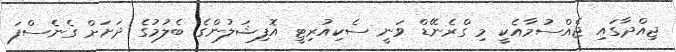
ޖިއްދާގައި ޖެއްސުމާއެކީ މި ގްރެނޭޑް ވަނީ ސެކިއުރިޓީ އޮފިޝަލުންގެ ބެލުމުގެ ދަށަށް ގެނެސްފަ